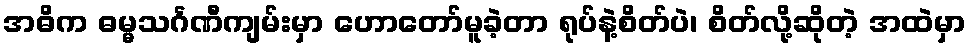
အဓိက ဓမ္မသင်္ဂဏီကျမ်းမှာ ဟောတော်မူခဲ့တာ ရုပ်နဲ့စိတ်ပဲ၊ စိတ်လို့ဆိုတဲ့ အထဲမှာ